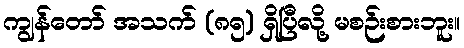
ကျွန်တော် အသက် (၈၅) ရှိပြီလို့ မစဉ်းစားဘူး။